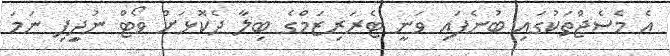
އެ މެސެޖްތަކުގައި ބުނެފައި ވަނީ ޓެރަރިޒަމްގެ ބިލާ ދެކޮޅަށް ވޯޓް ނުދީިފި ނަމަ